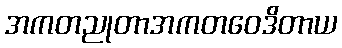
အကတညုတာအကတဝေဒိတာယ